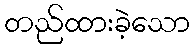
တည်ထားခဲ့သော